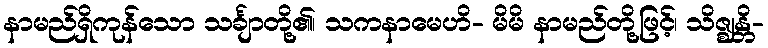
နာမည်ရှိကုန်သော သင်္ချာတို့၏၊ သကနာမေဟိ- မိမိ နာမည်တို့ဖြင့်၊ သိဇ္ဈန္တိ-